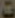
٥